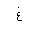
Letter: _gayn